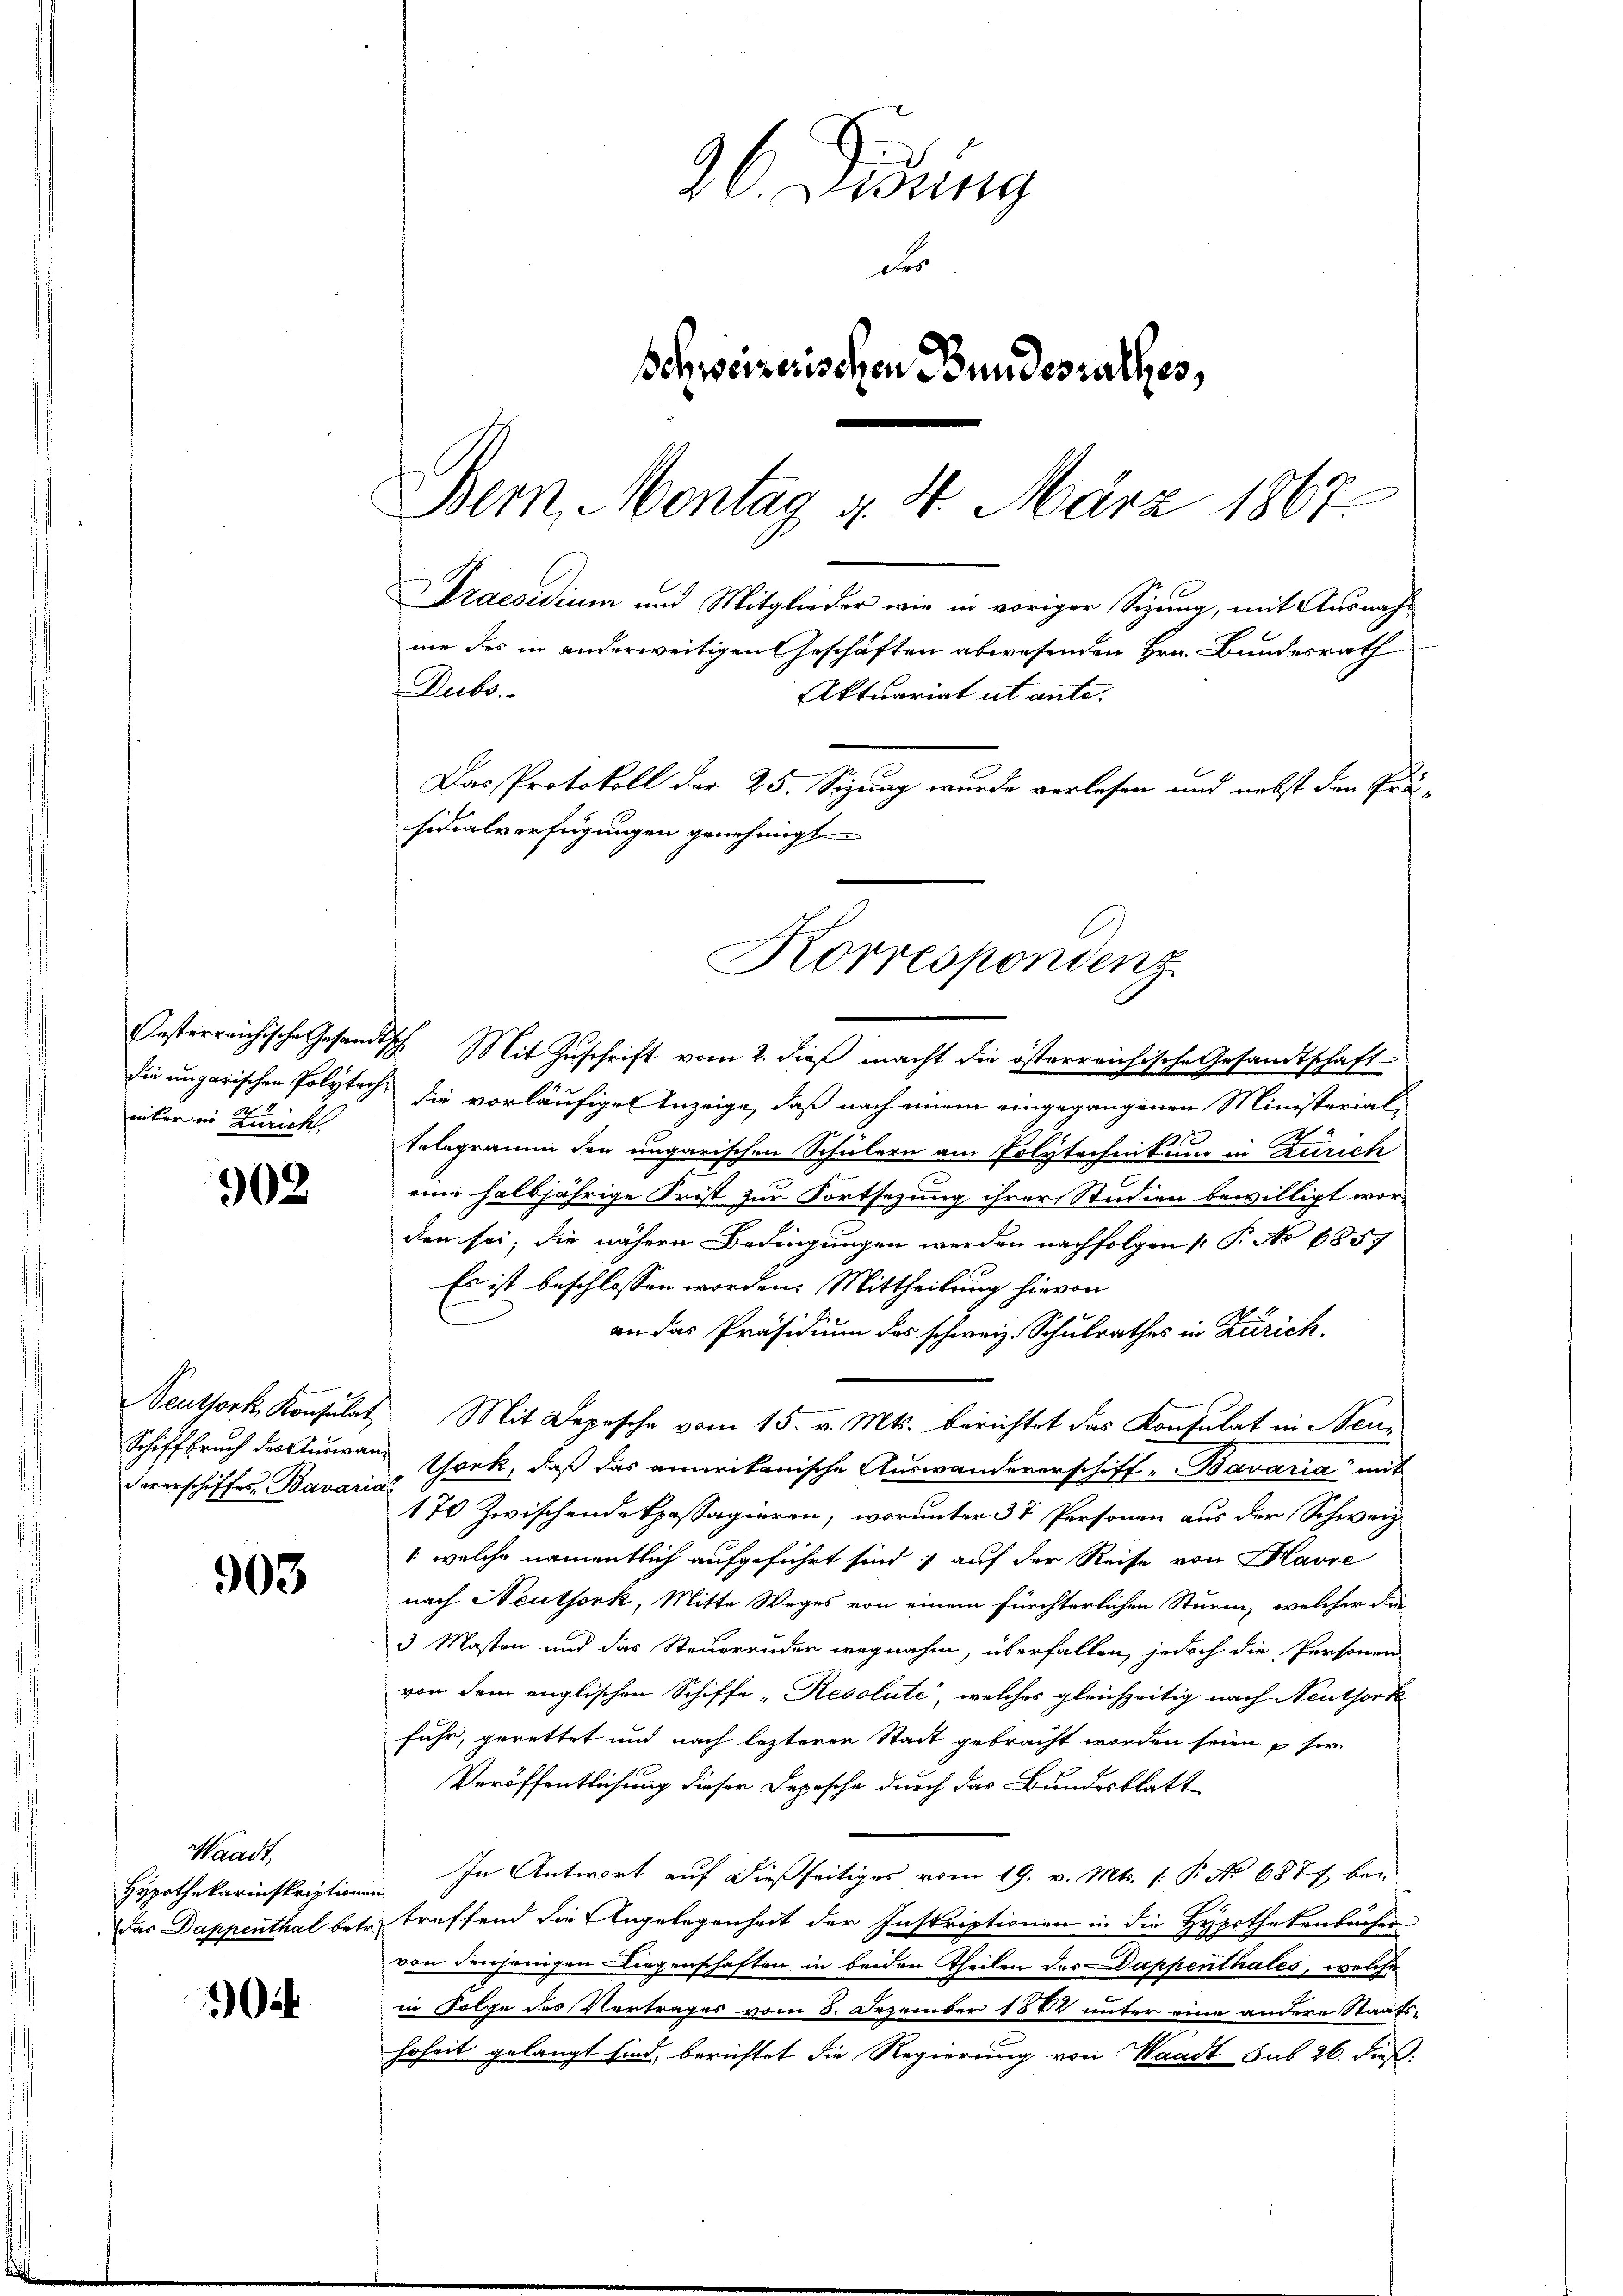
unter in Züricht,

902

darerschiffes Bavaria

303

Waadt,
Hypothekarinskription
Das Dappenthal bet

10

96. Didung
Dr
Schweizerischen Bundesrathes,
Bern, Montag 4. 4. März 1867.
Praesidium und Mitglieder wie in voriger Sigung, mit Ausnahme des in anderweitigen Geschäften abwesenden Hrn. Bundesrath
Dubo.
Aktuariat ut ante.
Das Protokoll der 25. Sizung wurde verlesen und nebst den Prä-
sidialverfügungen genehmigt

Oesterreichische Gesandtsch Mit Zuschrift vom 2. dieß macht die österreichische Gesandtschaft
die ungarischen Polytech, die vorläufige Anzeige, daß nach einem eingegangenen Ministerial-
x
Telegramm den ungarischen Schülern am Polytechnitum in Zürich
eine halbjährige Frist zur Fortsezung ihrer Studien bewilligt wor-
den sei; die nähern Bedingungen werden nachfolgen P. No 6857
Es ist beschlossen worden. Mittheilung hievon
an das Präsidium des schweiz. Schulrathes in Zürich.
Neuthork Konsulat Mit Depesche vom 15. v. Mts. berichtet das Konsulat in Neue
Schiffbruch des Auswann Werk, daß das amerikanische Auswandererschiff- Bavaria mit
170 zwischende Spassagieren, worunter 37 Personen aus der Schweiz
 welche namentlich aufgeführt sind, auf der Reise von Havre
nach Neuthork, Mitte Weges von einem fürchterlichen Sturm, welcher die
3 Masten und das Steuerruder wegnahm, überfallen, jedoch die Personen-
von dem englischen Schiffe „Resolute, welches gleichzeitig nach Neuthort
fuhr, gerettet und nach lezterer Stadt gebracht worden seien sie
Veröffentlichung dieser Depesche durch das Bundesblatt
In Antwort auf dießseitiges vom 19. v. Mts. (: P. No 687, bei
treffend die Angelegenheit der Instriptionen in die Hypothekenbucher
von denjenigen Liegenschaften in beiden Theilen des Dappenthales, welche
in Folge des Vertrages vom 5. Dezember 1882 unter eine andere Staatshoheit gelangt sind, berichtet die Regierung von Waadt sub 26. dieß:

Korrespondenz